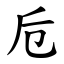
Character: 卮